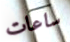
ساعات